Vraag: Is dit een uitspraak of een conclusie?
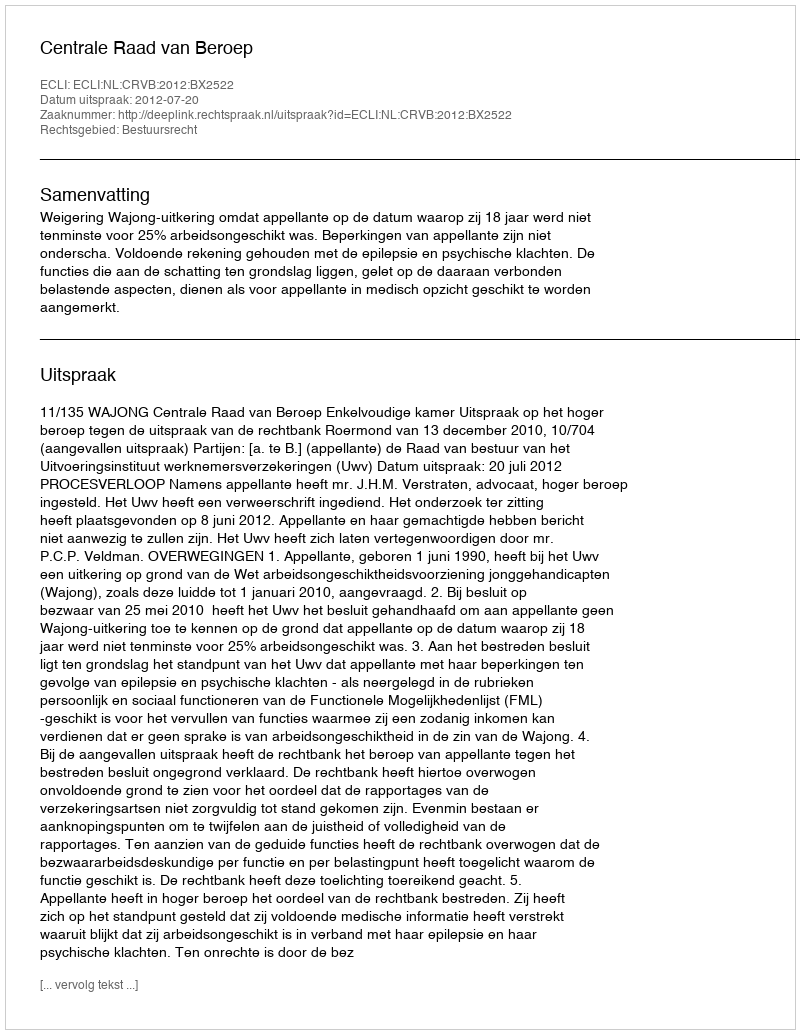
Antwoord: Uitspraak